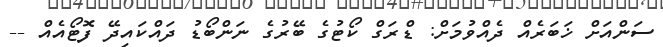
ސަންއަށް ޚަބަރެއް ދެއްވުމަށް: ޑްރަގް ކޯޓުގެ ބޭރުގެ ނަންބޯޑު ދައްކައިދޭ ފޮޓޯއެއް --